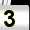
Digit: 3